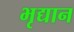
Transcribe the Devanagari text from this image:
भृद्यान